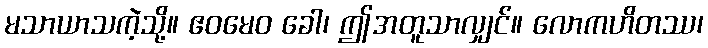
မသာယာသကဲ့သို့။ ဧဝမေဝ ခေါ၊ ဤအတူသာလျှင်။ လောကဟိတဿ၊